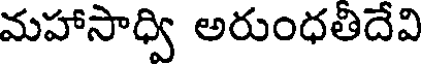
మహాసాధ్వి అరుంధతిదేవి